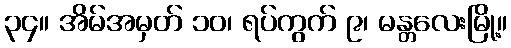
၃၄။ အိမ်အမှတ် ၁၀၊ ရပ်ကွက် ၉၊ မန္တလေးမြို့။